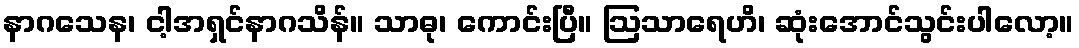
နာဂသေန၊ ငါ့အရှင်နာဂသိန်။ သာဓု၊ ကောင်းပြီ။ ဩသာရေဟိ၊ ဆုံးအောင်သွင်းပါလော့။